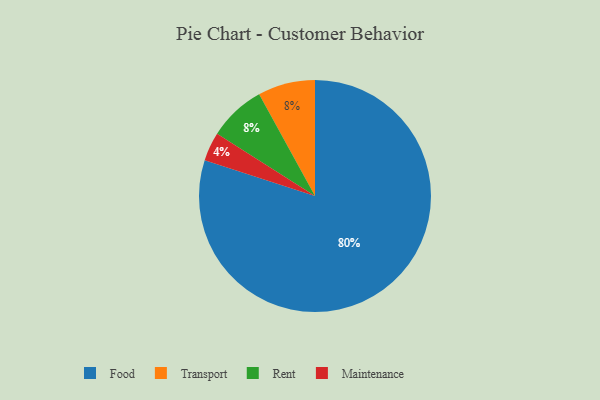
{"axis": {"x": "Category", "y": "Percentage"}, "legend": ["Food", "Maintenance", "Rent", "Transport"], "data": [{"x": "Food", "y": 80, "type": "Food"}, {"x": "Transport", "y": 8, "type": "Transport"}, {"x": "Maintenance", "y": 4, "type": "Maintenance"}, {"x": "Rent", "y": 8, "type": "Rent"}]}